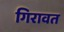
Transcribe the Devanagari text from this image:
गिरावत